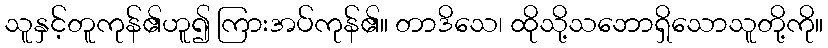
သူနှင့်တူကုန်၏ဟူ၍ ကြားအပ်ကုန်၏။ တာဒိသေ၊ ထိုသို့သဘောရှိသောသူတို့ကို။